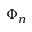
\Phi _ { n }